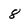
Character: 8